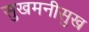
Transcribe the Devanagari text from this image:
सुखमनीसुख